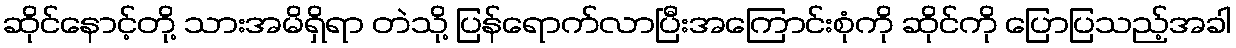
ဆိုင်နောင့်တို့ သားအမိရှိရာ တဲသို့ ပြန်ရောက်လာပြီးအကြောင်းစုံကို ဆိုင်ကို ပြောပြသည့်အခါ